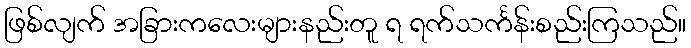
ဖြစ်လျက် အခြားကလေးများနည်းတူ ရ ရက်သင်္ကန်းစည်းကြသည်။